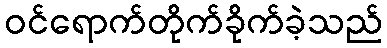
ဝင်ရောက်တိုက်ခိုက်ခဲ့သည်